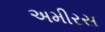
અમીરસ